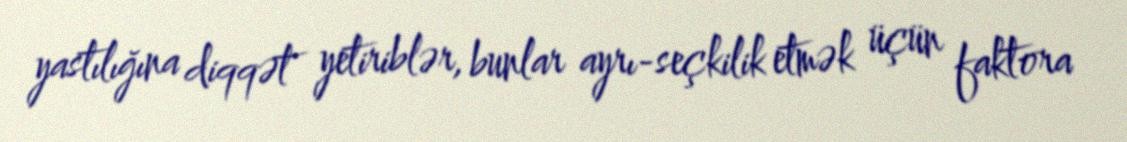
yastılığına diqqət yetiriblər, bunlar ayrı-seçkilik etmək üçün faktora